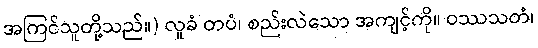
အကြင်သူတို့သည်။) လူခံ တပံ၊ စည်းလဲသော အကျင့်ကို။ ဝဿသတံ၊